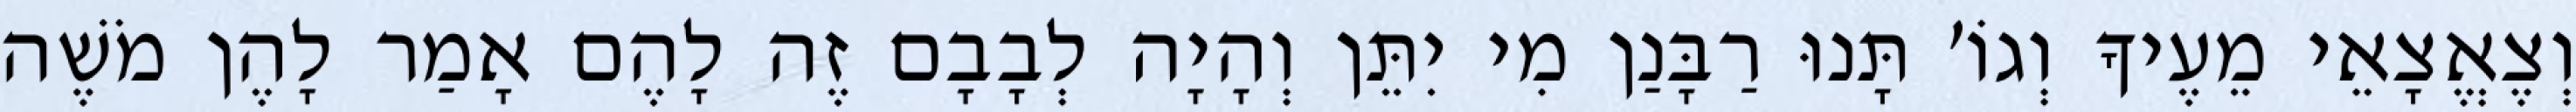
וְצֶאֱצָאֵי מֵעֶיךָ וְגוֹ׳ תָּנוּ רַבָּנַן מִי יִתֵּן וְהָיָה לְבָבָם זֶה לָהֶם אָמַר לָהֶן מֹשֶׁה